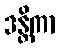
ဒန္တိကာ